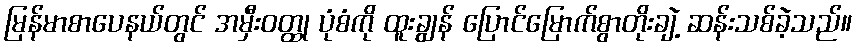
မြန်မာစာပေနယ်တွင် အမှီးဝတ္ထု ပုံစံကို ထူးချွန် ပြောင်မြောက်စွာတိုးချဲ့ ဆန်းသစ်ခဲ့သည်။